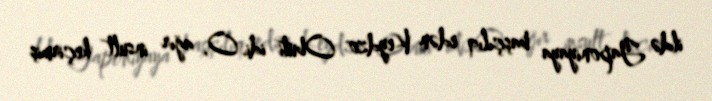
ildə Yaponiyaya başçılıq edən Keydzo Obuti idi. O, ağır insult keçirmiş